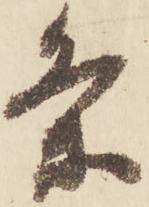
条